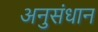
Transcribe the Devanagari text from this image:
अनुसंधान